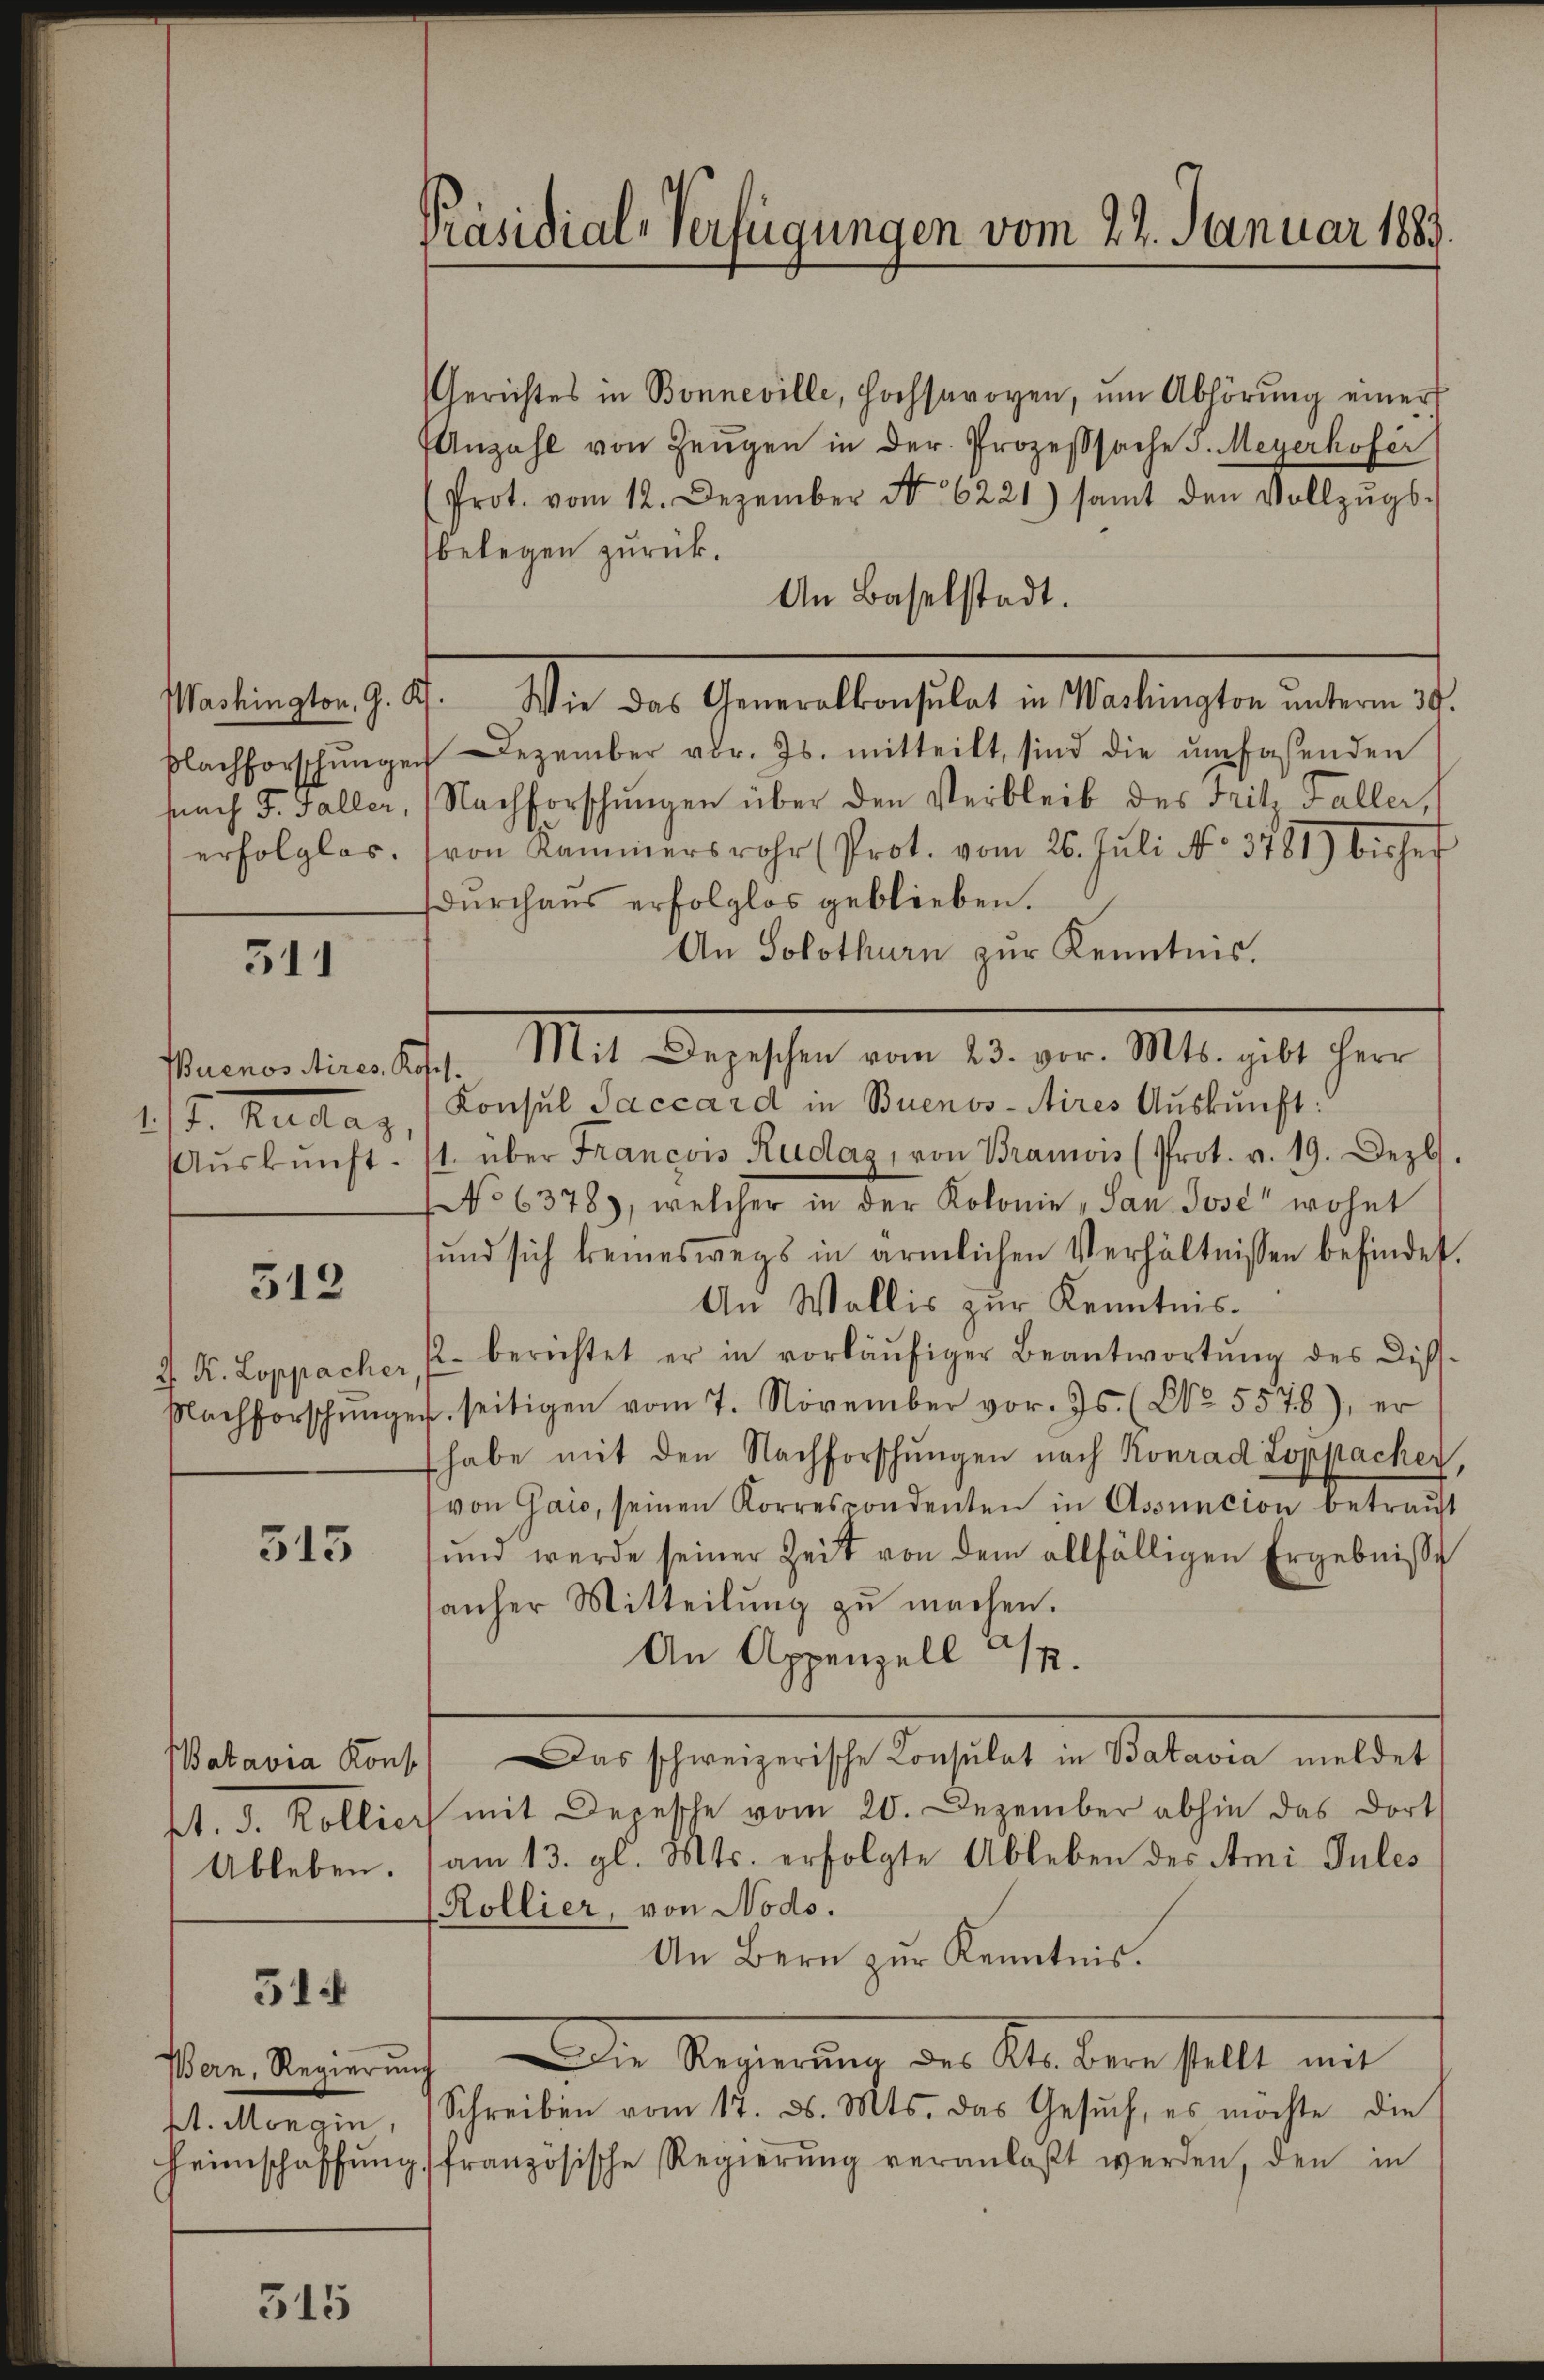
nach d. Galler,
erfolglos.

511

Buenos Aires, K
1t. hatten,
Auskunft.

312

J. K. Loppacher
Nachforschunge

545

Batavia Kons.
Ableben.

514

Bern, Regieru
2t. Mongin,

315

Gerichtes in Bonneville, hochsavoyen, ŭm Abhörŭng einer
Anzahl von Zeugen in der Prozesssache s. Meyerhofer
(Prot. vom 12. Dezember No 6221) samt den Vollzŭgs-
belegen zurück.
An Baselstadt.
Washington, G. K. Wie das Generalkonsulat in Washington ŭnterm 30.
Blachforschŭngen Dezember vor. Js. mitteilt, sind die ŭmfaßenden
Nachforschŭngen über den Verbleib des Fritz Faller,
von Kammersrohr (Prot. vom 26. Juli No 3781) bisher
durchaus erfolglos geblieben.
An Solothurn zur Kenntnis.
Mit Depeschen vom 23. vor. Mts. gibt Herr
rofes
Konsul Jaccard in Buenos-Aires Aŭskŭnft.
1. über Francois Rudaz, von Braniis (Prot. v. 19. Dezbr.
No 6378), welcher in der Kolonie - San Jose" wohnt
und sich keineswegs in ärmlichen Verhältnissen befindet.
An Wallis zur Kenntnis
2. berichtet er in vorläŭfiger Beantwortŭng des Diss-
e, seitigen vom 7. November vor. Js. (No. 5578), er
habe mit den Nachforschŭngen nach Konrad Loppacher,
von Gais, seinen Korrespondenten in Assencion betrauft
ŭnd werde seiner Zeit von dem allfälligen Ergebnisse
anher Mitteilŭng zŭ machen.
An Appenzell I.
Das schweizerische Consulat in Batavia meldet
kt. d. Kollict mit Depesche vom 20. Dezember abhin das dort
am 13. gl. Mts. erfolgte Ableben des Ami Jules
Kollier, von Nodo.
An Bern zur Kenntnis.
Der Regierung der Al. der halt au
ig
Schreiben vom 17. d. Mts. das Gesŭch, es möchte die
Heimschaffŭng französische Regierŭng veranlaßt werden, den in

Präsidial-Verfügungen vom 22. Januar 1883